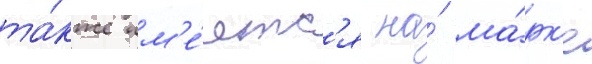
та́кже им'е́етс'я на́ ма́рк'е